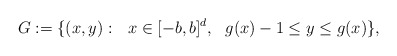
\begin{align*}G:=\{ (x, y):\ \ x\in [-b,b]^{d},\ \ g(x)-1\leq y\leq g(x)\},\end{align*}